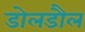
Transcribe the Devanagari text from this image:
डोलडौल